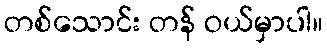
တစ်သောင်း တန် ဝယ်မှာပါ။